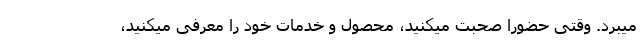
میبرد. وقتی حضورا صحبت میکنید، محصول و خدمات خود را معرفی میکنید،